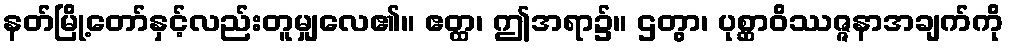
နတ်မြို့တော်နှင့်လည်းတူမျှလေ၏။ ဧတ္ထ၊ ဤအရာ၌။ ဌတွာ၊ ပုစ္ဆာဝိဿဇ္ဇနာအချက်ကို